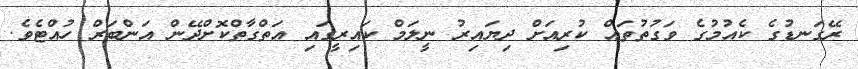
ރޭގަނޑުގެ ކެއުމުގެ ވަގުތުތައް ކުރިއަށް ދިޔައިރު ނީލަމް ކައިރީގައި އަތްގާތްކޮށްދޭން އަންބަރް ހުއްޓެވެ.